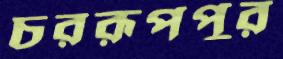
চররূপপুর